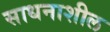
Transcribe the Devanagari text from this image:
साधनाशील